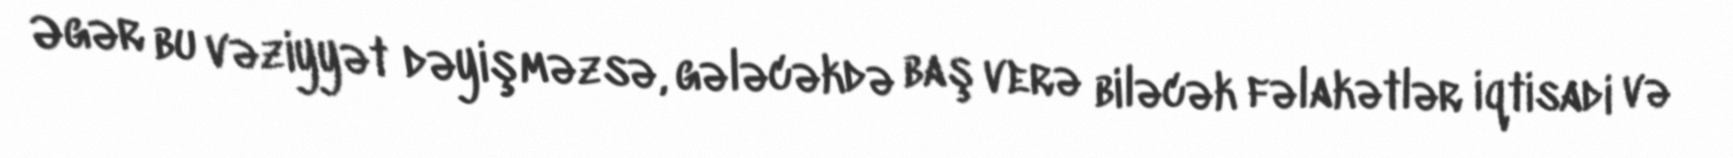
Əgər bu vəziyyət dəyişməzsə, gələcəkdə baş verə biləcək fəlakətlər iqtisadi və